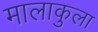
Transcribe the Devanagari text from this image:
मालाकुला